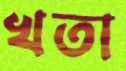
খতা